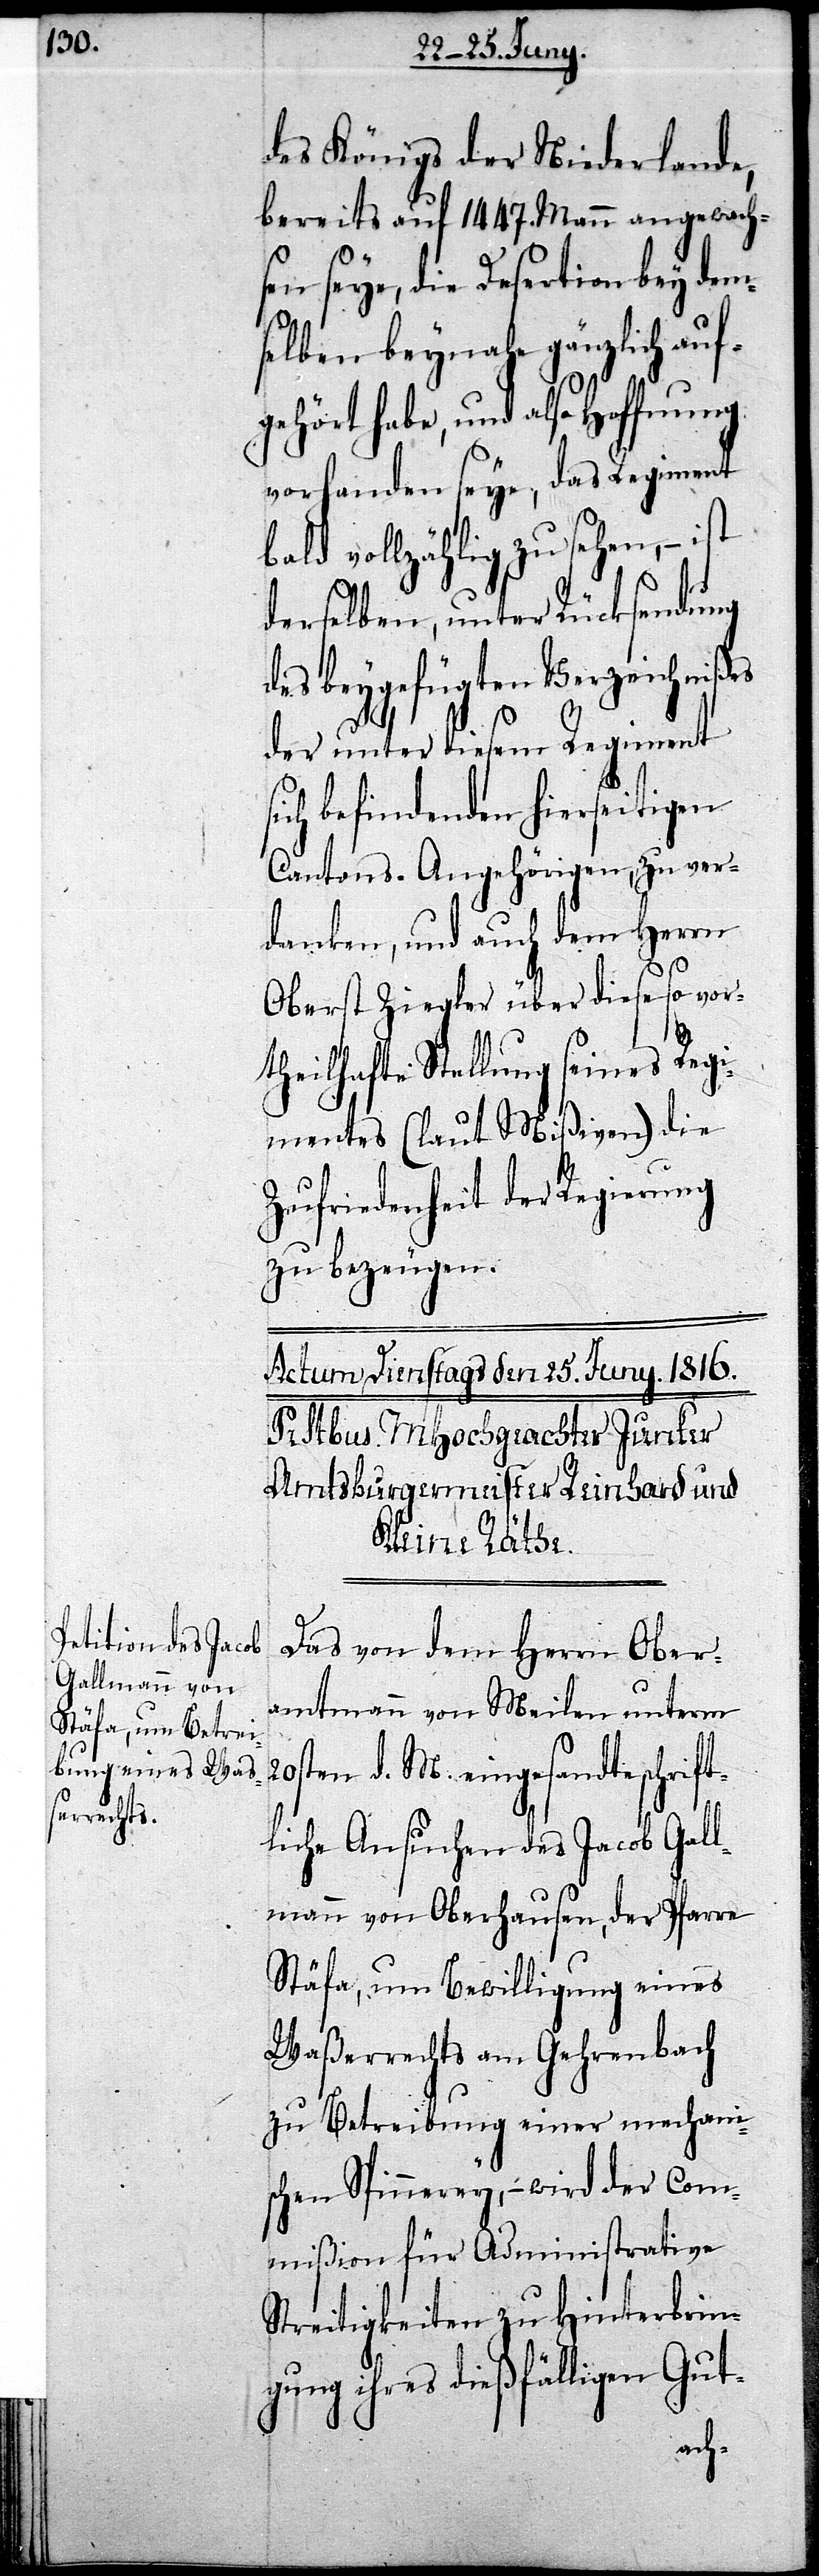
des Königs der Niederlande,
bereits auf 1447. Mann angewachs¬
en seye, die Desertion bey dem¬
selben beynahe gänzlich auf¬
gehört habe, und also Hoffnung
vorhanden sey, das Regiment
bald vollzählig zu sehen, – ist
derselben, unter Rücksendung
des beygefügten Verzeichnißes
der unter diesem Regiment
sich befindenden hierseitigen
Cantons-Angehörigen, zu ver¬
danken, und auch dem Herrn
Oberst Ziegler über diese so vor¬
theilhafte Stellung seines Regi¬
mentes (laut Mißiven) die
Zufriedenheit der Regierung
zu bezeugen.
Das von dem Herrn Ober¬
amtmann von Meilen unterm
20sten d. M. eingesandte schrift¬
liche Ansuchen des Jacob Gall¬
mann von Oberhausen, der Pfarre
Stäfa, um Bewilligung eines
Waßerrechts am Gehrenbach
zu Betreibung einer mechani¬
schen Spinnerey, – wird der Com¬
mißion für Administrative
Streitigkeiten zu Hinterbrin¬
gung ihres dießfälligen Gut-